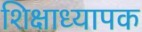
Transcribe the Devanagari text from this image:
शिक्षाध्यापक